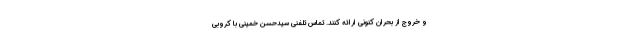
و خروج از بحران کنونی ارائه کنند. تماس تلفنی سیدحسن خمینی با کروبی